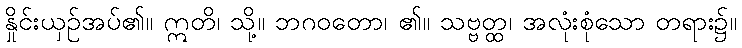
နှိုင်းယှဉ်အပ်၏။ ဣတိ၊ သို့။ ဘဂဝတော၊ ၏။ သဗ္ဗတ္ထ၊ အလုံးစုံသော တရား၌။